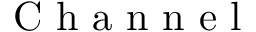
\mathrm { ~ C ~ h ~ a ~ n ~ n ~ e ~ l ~ }